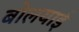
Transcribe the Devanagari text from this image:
बोलयाई